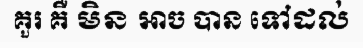
គួរ គឺ មិន អាច បាន ទៅដល់